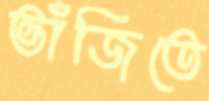
ভাঁজিতে